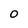
Character: O